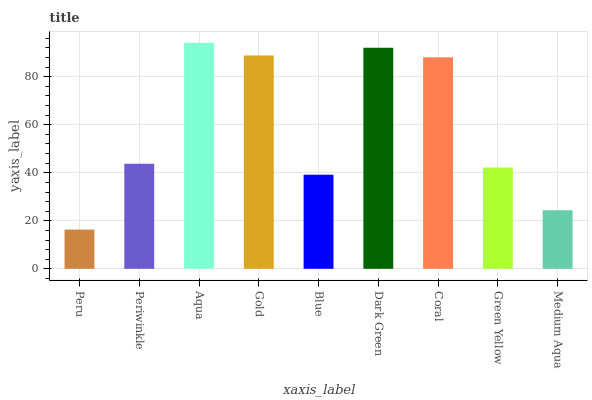
| xaxis_label | bars |
 | --- | --- |
 | Peru | 16.3 |
 | Periwinkle | 43.8 |
 | Aqua | 94.2 |
 | Gold | 88.9 |
 | Blue | 39.2 |
 | Dark Green | 92.1 |
 | Coral | 88.1 |
 | Green Yellow | 42.2 |
 | Medium Aqua | 24.4 |